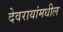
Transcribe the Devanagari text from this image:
देवरायांमधील